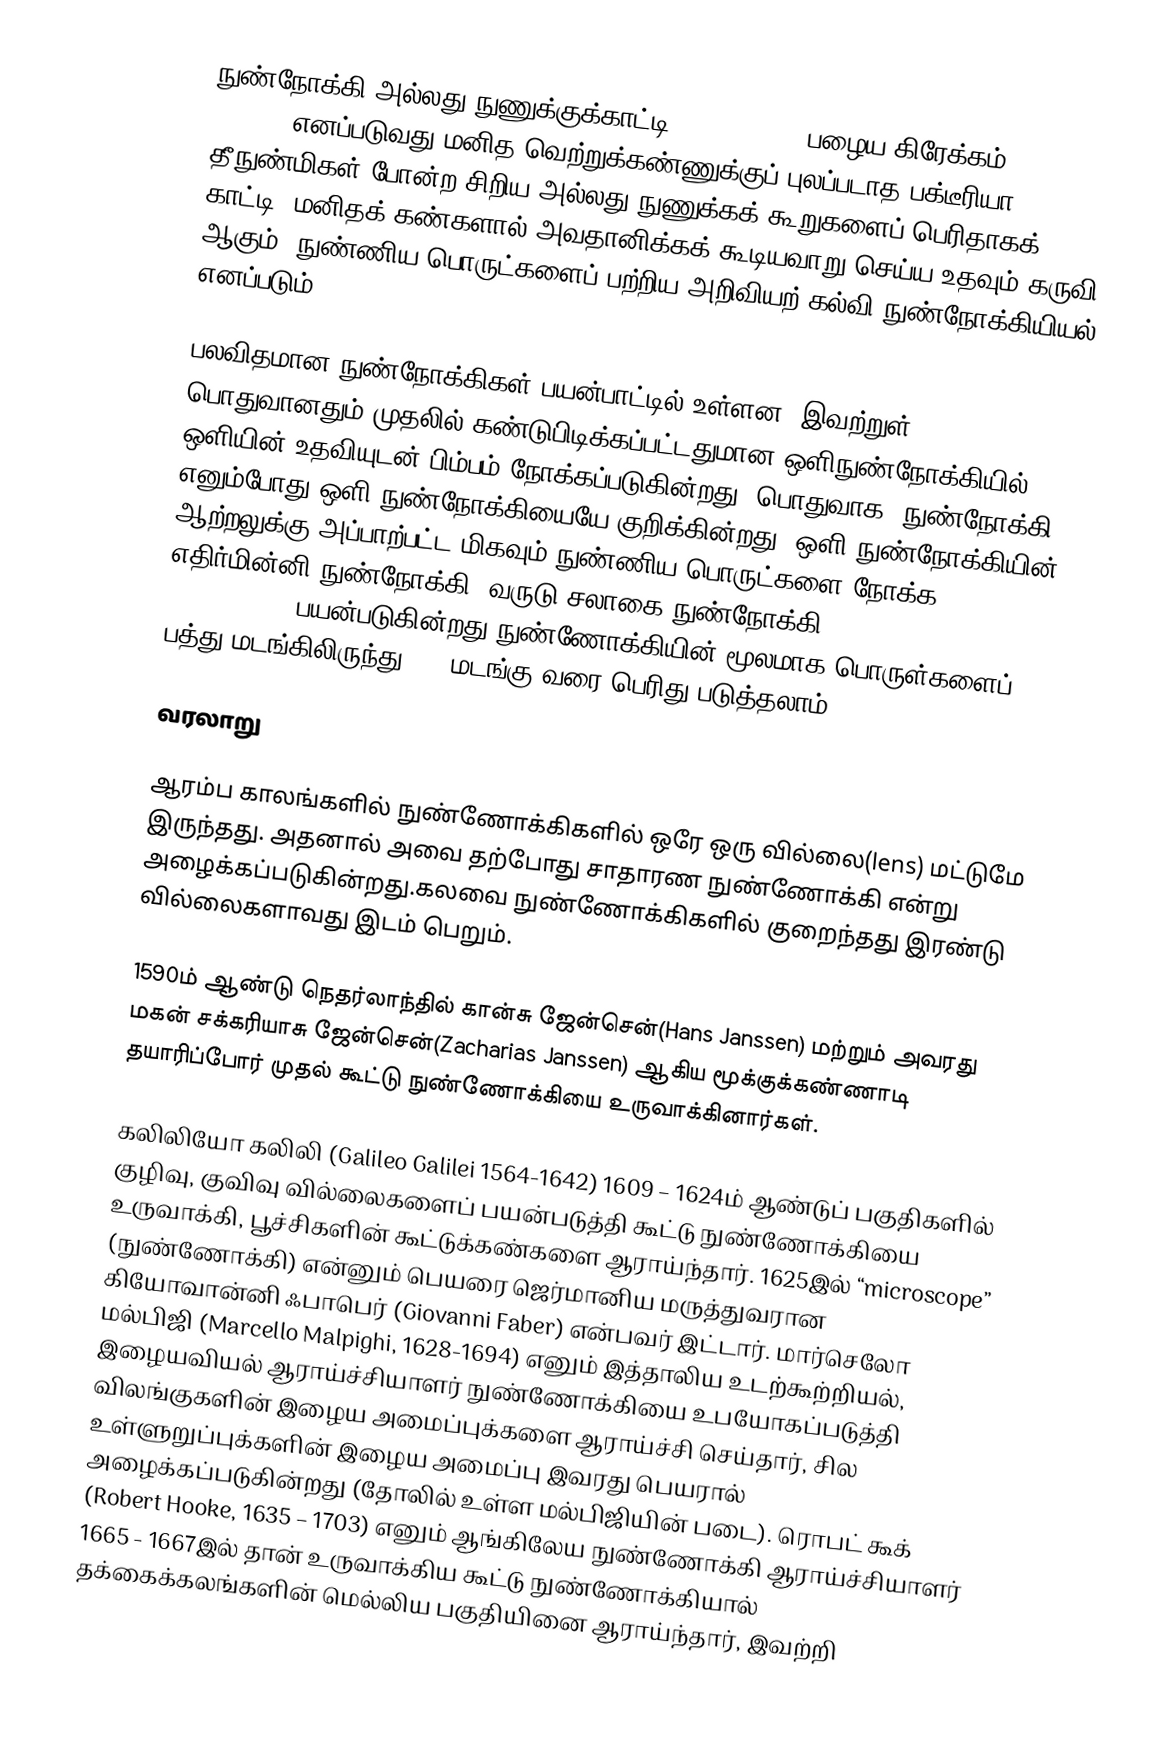
நுண்நோக்கி அல்லது நுணுக்குக்காட்டி (microscope, பழைய கிரேக்கம்: μικρός, mikrós) எனப்படுவது மனித வெற்றுக்கண்ணுக்குப் புலப்படாத பக்டீரியா, தீநுண்மிகள் போன்ற சிறிய அல்லது நுணுக்கக் கூறுகளைப் பெரிதாகக் காட்டி, மனிதக் கண்களால் அவதானிக்கக் கூடியவாறு செய்ய உதவும் கருவி ஆகும். நுண்ணிய பொருட்களைப் பற்றிய அறிவியற் கல்வி நுண்நோக்கியியல் எனப்படும்.

பலவிதமான நுண்நோக்கிகள் பயன்பாட்டில் உள்ளன, இவற்றுள் பொதுவானதும் முதலில் கண்டுபிடிக்கப்பட்டதுமான ஒளிநுண்நோக்கியில் ஒளியின் உதவியுடன் பிம்பம் நோக்கப்படுகின்றது. பொதுவாக, நுண்நோக்கி எனும்போது ஒளி நுண்நோக்கியையே குறிக்கின்றது. ஒளி நுண்நோக்கியின் ஆற்றலுக்கு அப்பாற்பட்ட மிகவும் நுண்ணிய பொருட்களை நோக்க எதிர்மின்னி நுண்நோக்கி, வருடு சலாகை நுண்நோக்கி (scanning probe microscopes) பயன்படுகின்றது.நுண்ணோக்கியின் மூலமாக பொருள்களைப் பத்து மடங்கிலிருந்து 100 மடங்கு வரை பெரிது படுத்தலாம்.

வரலாறு

ஆரம்ப காலங்களில் நுண்ணோக்கிகளில் ஒரே ஒரு வில்லை(lens) மட்டுமே இருந்தது. அதனால் அவை தற்போது சாதாரண நுண்ணோக்கி என்று அழைக்கப்படுகின்றது.கலவை நுண்ணோக்கிகளில் குறைந்தது இரண்டு வில்லைகளாவது இடம் பெறும்.

1590ம் ஆண்டு நெதர்லாந்தில் கான்சு ஜேன்சென்(Hans Janssen) மற்றும் அவரது மகன் சக்கரியாசு ஜேன்சென்(Zacharias Janssen)  ஆகிய மூக்குக்கண்ணாடி தயாரிப்போர் முதல் கூட்டு நுண்ணோக்கியை உருவாக்கினார்கள்.

கலிலியோ கலிலி (Galileo Galilei 1564-1642) 1609 – 1624ம் ஆண்டுப் பகுதிகளில் குழிவு, குவிவு வில்லைகளைப் பயன்படுத்தி கூட்டு நுண்ணோக்கியை உருவாக்கி,  பூச்சிகளின் கூட்டுக்கண்களை ஆராய்ந்தார். 1625இல் “microscope” (நுண்ணோக்கி) என்னும் பெயரை  ஜெர்மானிய மருத்துவரான கியோவான்னி ஃபாபெர் (Giovanni Faber) என்பவர் இட்டார். மார்செலோ மல்பிஜி (Marcello Malpighi, 1628-1694) எனும் இத்தாலிய உடற்கூற்றியல், இழையவியல் ஆராய்ச்சியாளர் நுண்ணோக்கியை உபயோகப்படுத்தி விலங்குகளின் இழைய அமைப்புக்களை ஆராய்ச்சி செய்தார், சில உள்ளுறுப்புக்களின் இழைய அமைப்பு இவரது பெயரால் அழைக்கப்படுகின்றது (தோலில் உள்ள மல்பிஜியின் படை). ரொபட் கூக் (Robert Hooke, 1635 – 1703) எனும் ஆங்கிலேய நுண்ணோக்கி ஆராய்ச்சியாளர் 1665 - 1667இல்  தான் உருவாக்கிய கூட்டு நுண்ணோக்கியால் தக்கைக்கலங்களின் மெல்லிய பகுதியினை ஆராய்ந்தார், இவற்றி